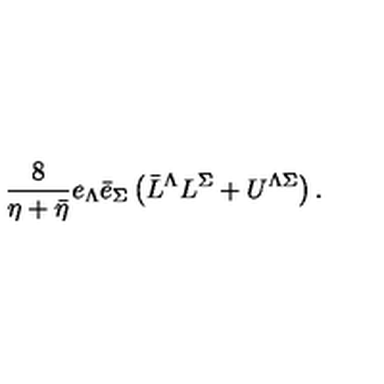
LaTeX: \frac { 8 } { \eta + \bar { \eta } } e _ { \Lambda } \bar { e } _ { \Sigma } \left( \bar { L } ^ { \Lambda } L ^ { \Sigma } + U ^ { \Lambda \Sigma } \right) .